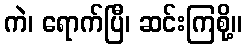
ကဲ၊ ရောက်ပြီ၊ ဆင်းကြစို့။